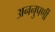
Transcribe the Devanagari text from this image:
अननुपर्णी